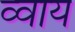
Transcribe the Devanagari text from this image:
व्वाय